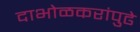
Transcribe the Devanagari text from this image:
दाभोळकरांपुढे